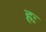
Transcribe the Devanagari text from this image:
हः